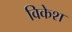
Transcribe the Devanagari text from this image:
विकेश